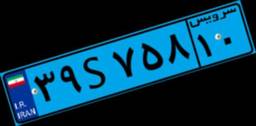
۵۱S۱۲۰۷۳